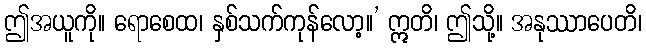
ဤအယူကို။ ရောစေထ၊ နှစ်သက်ကုန်လော့။’ ဣတိ၊ ဤသို့။ အနုဿာပေတိ၊